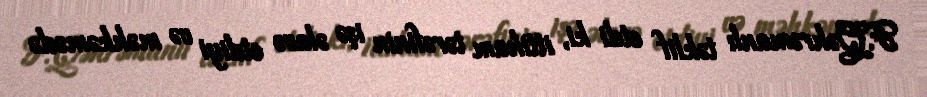
F.Qəhrəmanlı təklif etdi ki, ittiham tərəfinin işə əlavə etdiyi və məhkəmədə